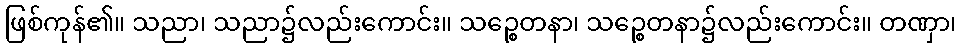
ဖြစ်ကုန်၏။ သညာ၊ သညာ၌လည်းကောင်း။ သဉ္စေတနာ၊ သဉ္စေတနာ၌လည်းကောင်း။ တဏှာ၊